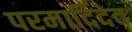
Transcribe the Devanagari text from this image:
परमार्दिदेव